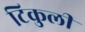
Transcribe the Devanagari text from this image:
टिकुली